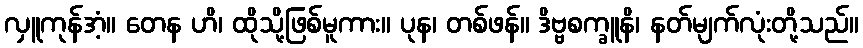
လှူကုန်အံ့။ တေန ဟိ၊ ထိုသို့ဖြစ်မူကား။ ပုန၊ တစ်ဖန်။ ဒိဗ္ဗစက္ခူနိ၊ နတ်မျက်လုံးတို့သည်။